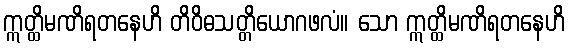
ဣတ္ထိမဏိရတနေဟိ တိဝိဓသတ္တိယောဂဖလံ။ သော ဣတ္ထိမဏိရတနေဟိ